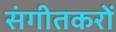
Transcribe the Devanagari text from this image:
संगीतकरों